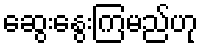
ဆွေးနွေးကြမည်ဟု